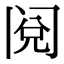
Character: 阅